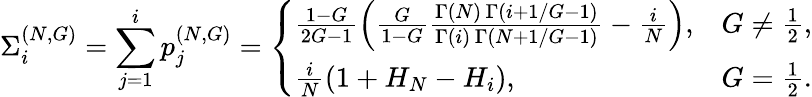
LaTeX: \Sigma_{i}^{(N,G)}=\sum_{j=1}^{i}p_{j}^{(N,G)}=\left\{ \begin{array}{ll}{\frac{1-G}{2G-1}\left(\frac{G}{1-G}\frac{\Gamma\left(N\right)\, \Gamma\left(i+1/G-1\right)}{\Gamma(i)\, \Gamma\left(N+1/G-1\right)}-\frac{i}{N}\right),}&{G\neq\frac{1}{2},}\\ {\frac{i}{N}\left(1+H_{N}-H_{i}\right),}&{G=\frac{1}{2}.}\end{array}\right.